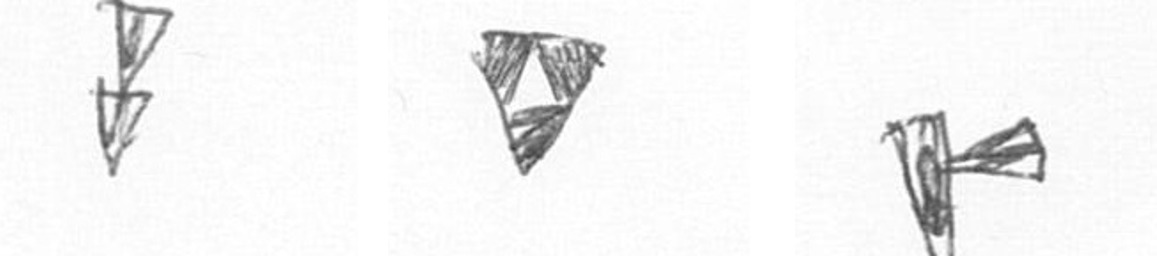
Z S F